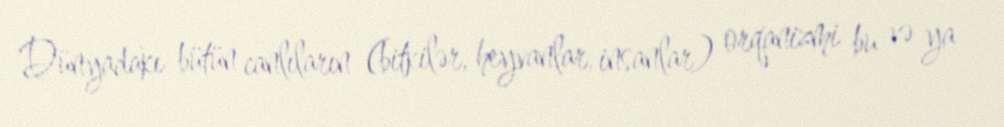
Dünyadakı bütün canlıların (bitkilər, heyvanlar, insanlar) orqanizmi bu və ya